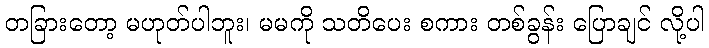
တခြားတော့ မဟုတ်ပါဘူး၊ မမကို သတိပေး စကား တစ်ခွန်း ပြောချင် လို့ပါ